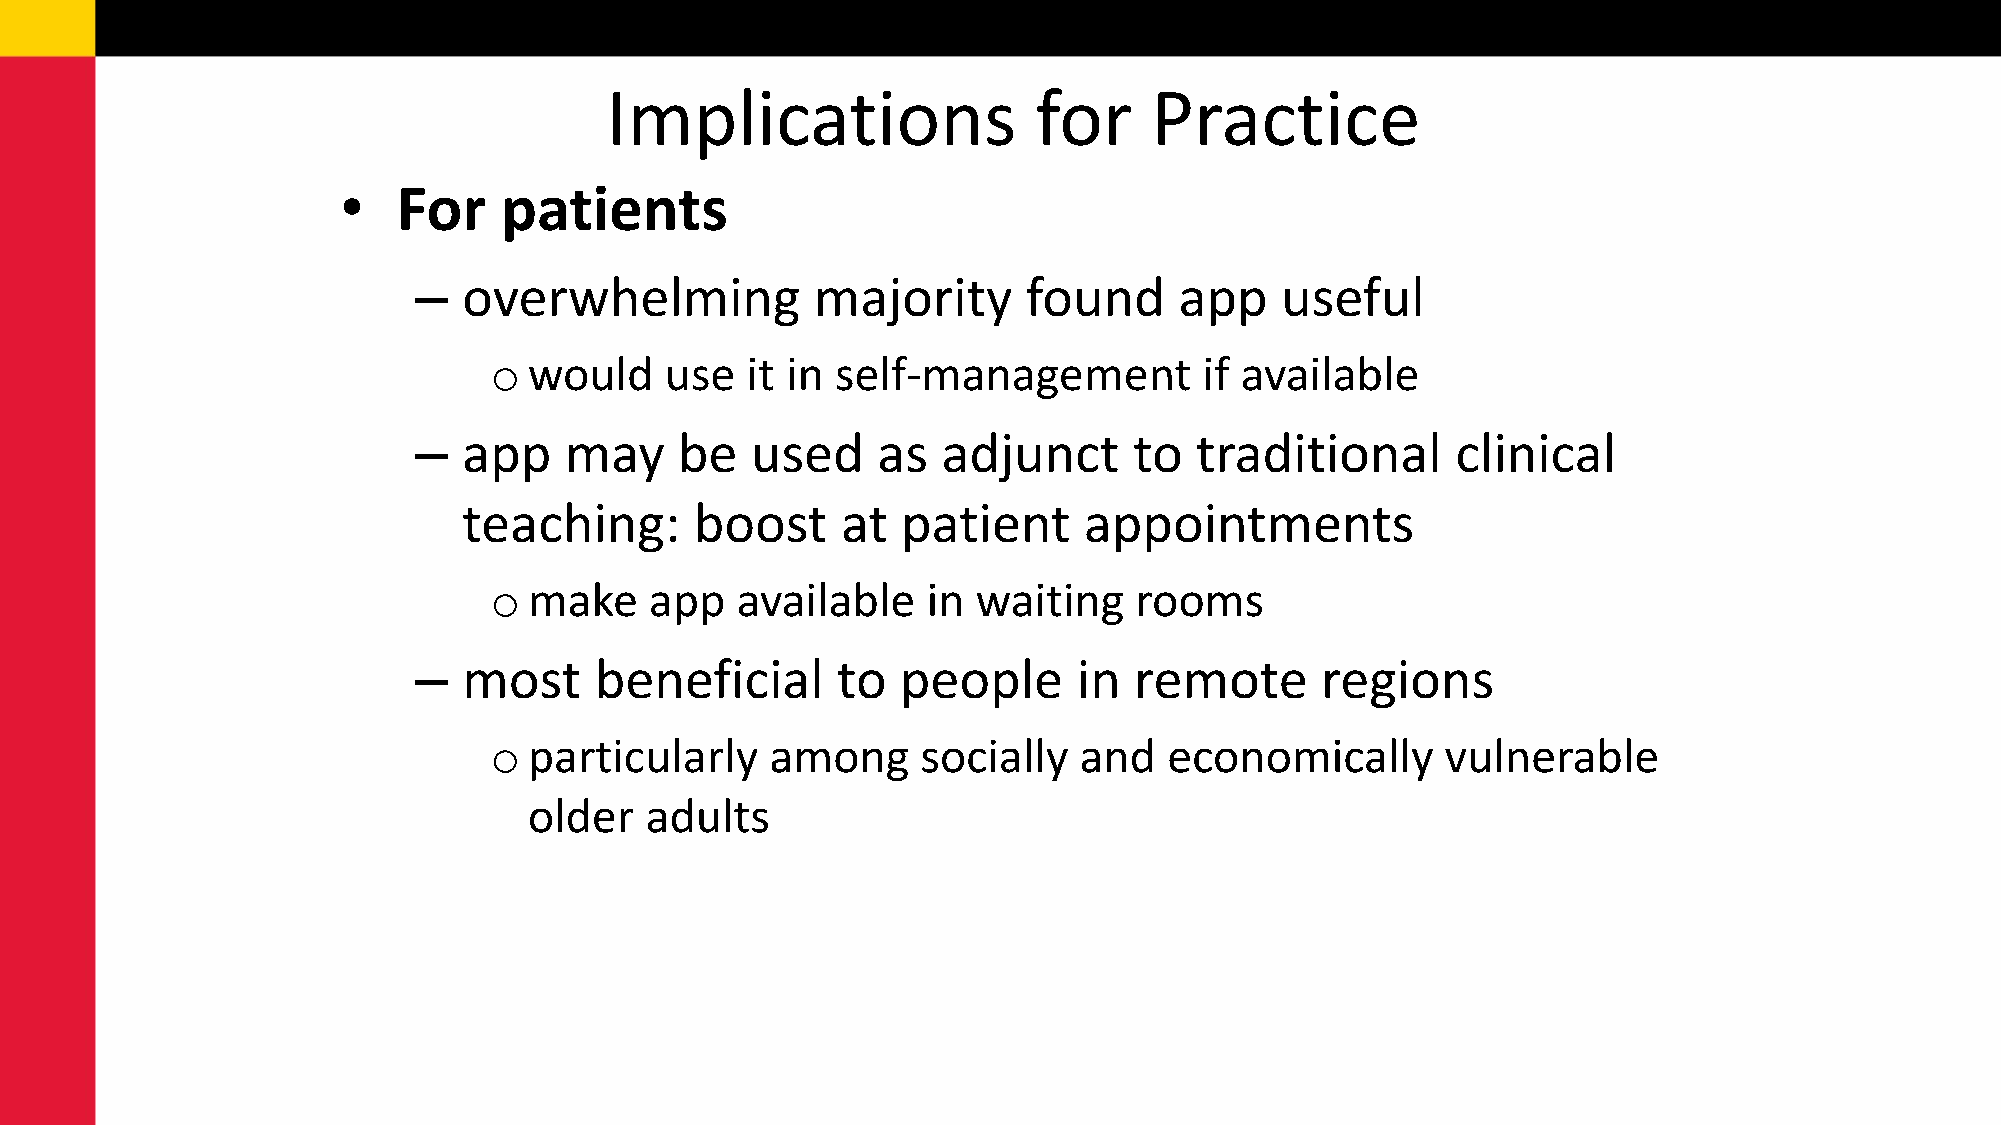
Implications                 for    Practice
 •  For    patients
 –   overwhelming           majority      found     app    useful
 o  would    use  it in self-management          if available
 –   app   may     be   used    as  adjunct      to  traditional      clinical
 teaching:      boost     at  patient     appointments
 o  make    app   available   in  waiting   rooms
 –   most    beneficial      to   people     in  remote      regions
 o  particularly    among     socially  and   economically       vulnerable
 older   adults